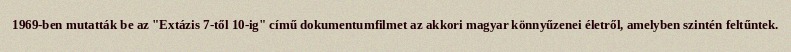
1969-ben mutatták be az "Extázis 7-től 10-ig" című dokumentumfilmet az akkori magyar könnyűzenei életről, amelyben szintén feltűntek.